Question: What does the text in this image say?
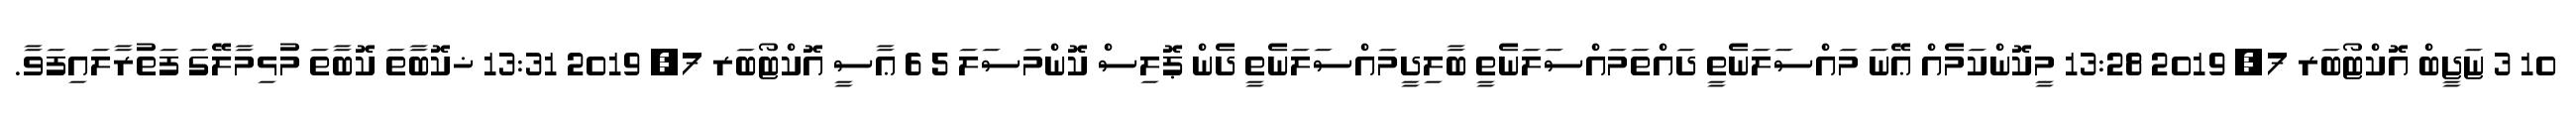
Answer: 10 3 ޏަޖީބް އޮކްޓޯބަރ 7, 2019 13:28 މީކޮންކަމެއް ޢޭނަ މައްސަލަނެތީ ދައްތަމައްސަލަނެތީ ބާލިދީމައްސަލަނެތީ ދެން ޕޮލިސް ކޮންމަސަލަ 5 6 ޢާސީ އޮކްޓޯބަރ 7, 2019 13:31 ޚކޮބާތަ ކޮބާތަ މުޅިމާލޭގަ ފަތުރާލައިފަވާ.